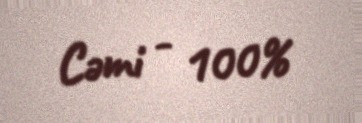
Cəmi - 100%